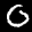
Label: 0